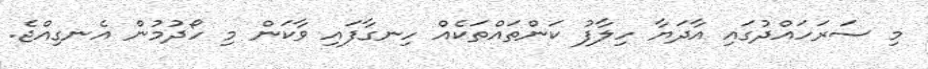
މި ސަރަހައްދުގައި އާދަޔާ ހިލާފު ކަންތައްތަކެއް ހިނގާފައި ވާކަން މި ހޯދުމުން އެނގިއްޖެ.